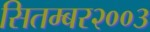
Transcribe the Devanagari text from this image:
सितम्बर२००३